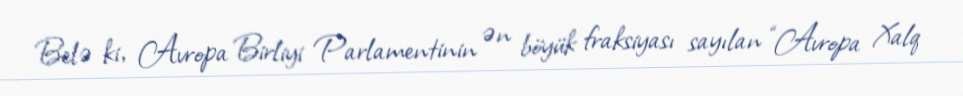
Belə ki, Avropa Birliyi Parlamentinin ən böyük fraksiyası sayılan “Avropa Xalq